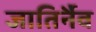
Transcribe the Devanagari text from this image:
जातिर्नैव